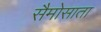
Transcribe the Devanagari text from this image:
सैमोसाता